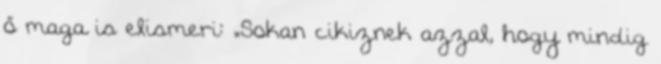
ő maga is elismeri: „Sokan cikiznek azzal, hogy mindig